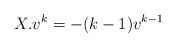
LaTeX: \begin{align*} X.v^k=-(k-1)v^{k-1}\end{align*}